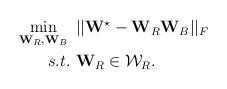
LaTeX: \begin{align*}\begin{aligned} \min_{\mathbf{W}_R, \mathbf{W}_B}~& ||\mathbf{W}^\star - \mathbf{W}_R\mathbf{W}_B||_F\\ s.t.~& \mathbf{W}_R \in \mathcal{W}_R.\end{aligned}\end{align*}